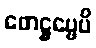
ဖောဋ္ဌဗ္ဗေပိ